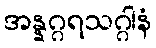
အန္နဂ္ဂရသဂ္ဂါနံ